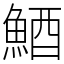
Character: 鯂